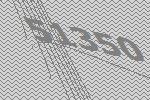
51350